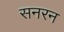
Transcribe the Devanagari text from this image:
सनरन